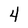
Character: 4